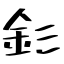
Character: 釤